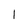
Character: l